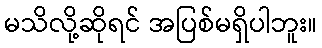
မသိလို့ဆိုရင် အပြစ်မရှိပါဘူး။